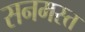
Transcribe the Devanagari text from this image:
सनमस्त